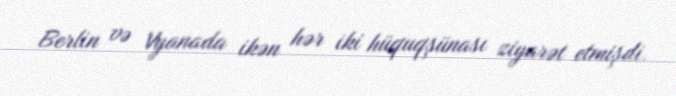
Berlin və Vyanada ikən hər iki hüquqşünası ziyarət etmişdi.